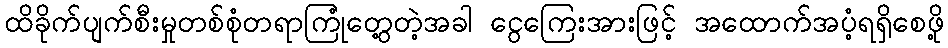
ထိခိုက်ပျက်စီးမှုတစ်စုံတရာကြုံတွေ့တဲ့အခါ ငွေကြေးအားဖြင့် အထောက်အပံ့ရရှိစေဖို့